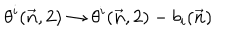
\theta ^ { i } ( \vec { n } , 2 ) \to \theta ^ { i } ( \vec { n } , 2 ) - b _ { i } ( \vec { n } )